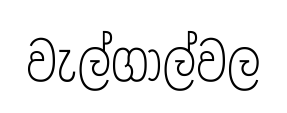
වැල්ගාල්වල